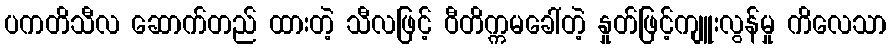
ပကတိသီလ ဆောက်တည် ထားတဲ့ သီလဖြင့် ဝီတိက္ကမခေါ်တဲ့ နှုတ်ဖြင့်ကျူးလွန်မှု ကိလေသာ